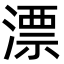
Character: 漂